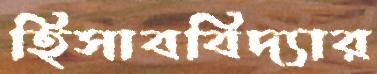
হিসাববিদ্যার